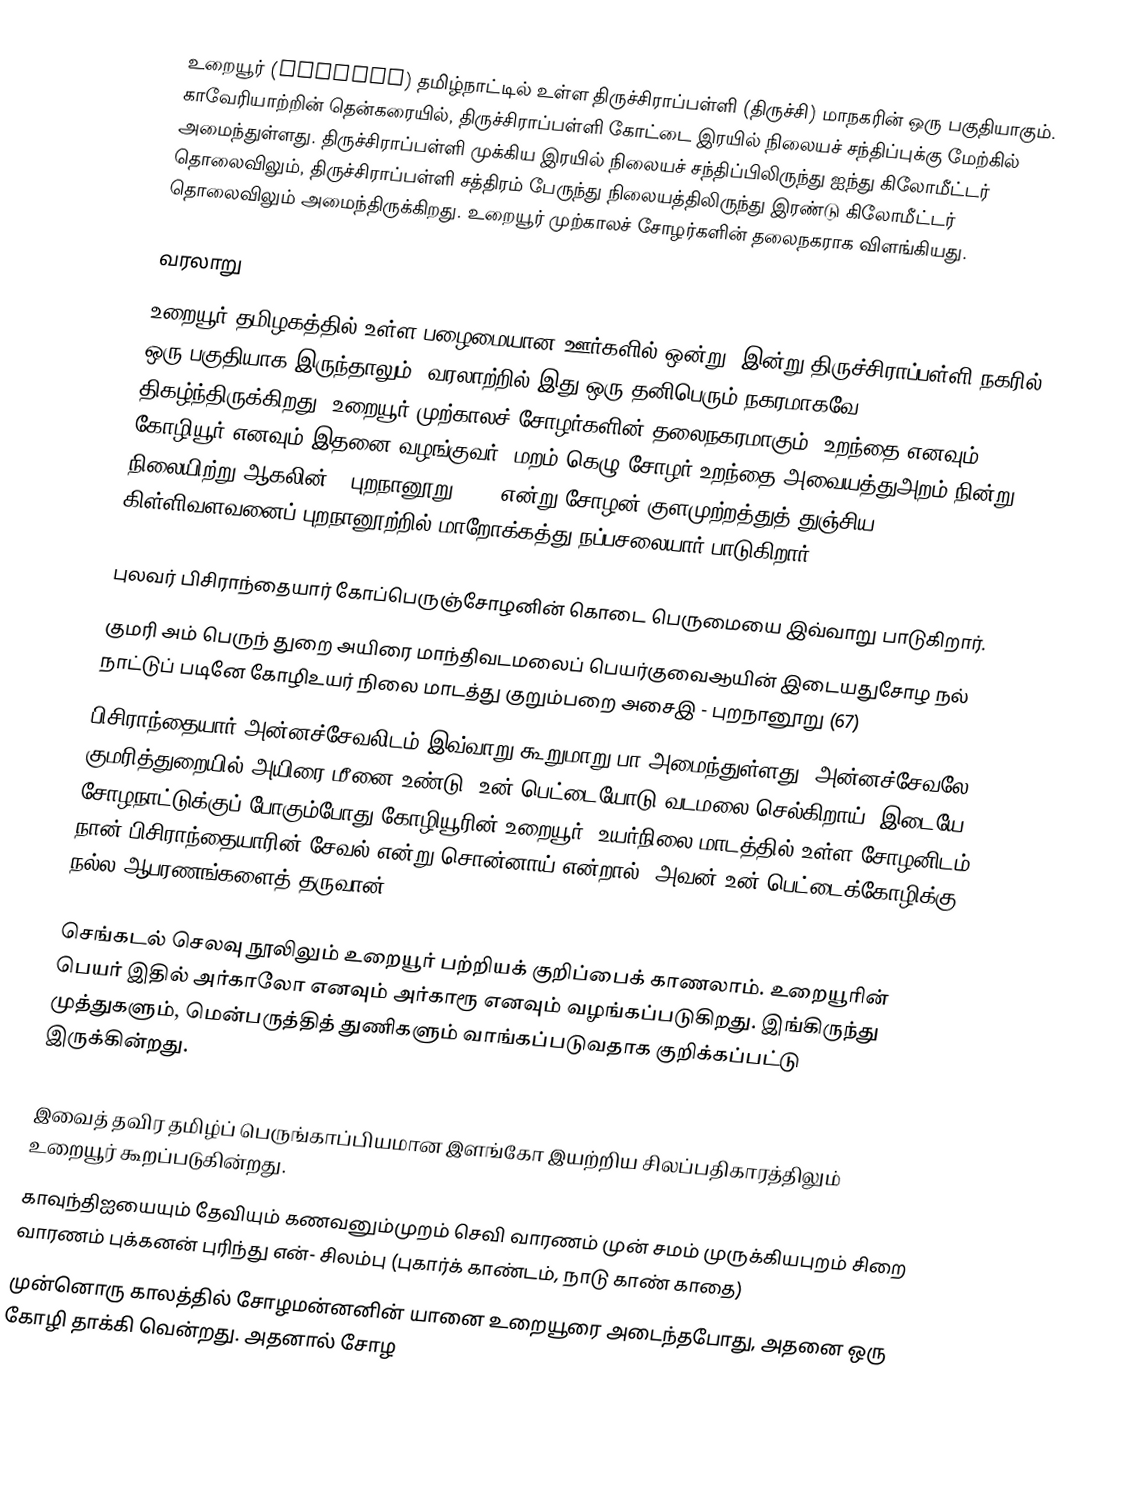
உறையூர் (Uraiyur) தமிழ்நாட்டில் உள்ள திருச்சிராப்பள்ளி (திருச்சி) மாநகரின் ஒரு பகுதியாகும். காவேரியாற்றின் தென்கரையில், திருச்சிராப்பள்ளி கோட்டை இரயில் நிலையச் சந்திப்புக்கு மேற்கில் அமைந்துள்ளது. திருச்சிராப்பள்ளி முக்கிய இரயில் நிலையச் சந்திப்பிலிருந்து ஐந்து கிலோமீட்டர் தொலைவிலும், திருச்சிராப்பள்ளி சத்திரம் பேருந்து நிலையத்திலிருந்து இரண்டு கிலோமீட்டர் தொலைவிலும் அமைந்திருக்கிறது. உறையூர் முற்காலச் சோழர்களின் தலைநகராக விளங்கியது.

வரலாறு
உறையூர் தமிழகத்தில் உள்ள பழைமையான ஊர்களில் ஒன்று. இன்று திருச்சிராப்பள்ளி நகரில் ஒரு பகுதியாக இருந்தாலும், வரலாற்றில் இது ஒரு தனிபெரும் நகரமாகவே திகழ்ந்திருக்கிறது. உறையூர் முற்காலச் சோழர்களின் தலைநகரமாகும். உறந்தை எனவும், கோழியூர் எனவும் இதனை வழங்குவர். மறம் கெழு சோழர் உறந்தை அவையத்துஅறம் நின்று நிலையிற்று ஆகலின் - புறநானூறு (39) என்று சோழன் குளமுற்றத்துத் துஞ்சிய கிள்ளிவளவனைப் புறநானூற்றில் மாறோக்கத்து நப்பசலையார் பாடுகிறார்.

புலவர் பிசிராந்தையார் கோப்பெருஞ்சோழனின் கொடை பெருமையை இவ்வாறு பாடுகிறார்.
குமரி அம் பெருந் துறை அயிரை மாந்திவடமலைப் பெயர்குவைஆயின் இடையதுசோழ நல் நாட்டுப் படினே கோழிஉயர் நிலை மாடத்து குறும்பறை அசைஇ - புறநானூறு (67)
பிசிராந்தையார்  அன்னச்சேவலிடம் இவ்வாறு கூறுமாறு பா அமைந்துள்ளது. அன்னச்சேவலே, குமரித்துறையில் அயிரை மீனை உண்டு, உன் பெட்டையோடு வடமலை செல்கிறாய். இடையே சோழநாட்டுக்குப் போகும்போது கோழியூரின்(உறையூர்) உயர்நிலை மாடத்தில் உள்ள சோழனிடம் நான் பிசிராந்தையாரின் சேவல் என்று சொன்னாய் என்றால், அவன் உன் பெட்டைக்கோழிக்கு நல்ல ஆபரணங்களைத் தருவான்.

செங்கடல் செலவு நூலிலும் உறையூர் பற்றியக் குறிப்பைக் காணலாம். உறையூரின் பெயர் இதில் அர்காலோ எனவும் அர்காரூ எனவும் வழங்கப்படுகிறது. இங்கிருந்து முத்துகளும், மென்பருத்தித் துணிகளும் வாங்கப்படுவதாக குறிக்கப்பட்டு இருக்கின்றது.

இவைத் தவிர தமிழ்ப் பெருங்காப்பியமான இளங்கோ இயற்றிய சிலப்பதிகாரத்திலும் உறையூர் கூறப்படுகின்றது.
காவுந்திஐயையும் தேவியும் கணவனும்முறம் செவி வாரணம் முன் சமம் முருக்கியபுறம் சிறை வாரணம் புக்கனன் புரிந்து என்- சிலம்பு (புகார்க் காண்டம், நாடு காண் காதை)
முன்னொரு காலத்தில் சோழமன்னனின் யானை உறையூரை அடைந்தபோது, அதனை ஒரு கோழி தாக்கி வென்றது. அதனால் சோழ